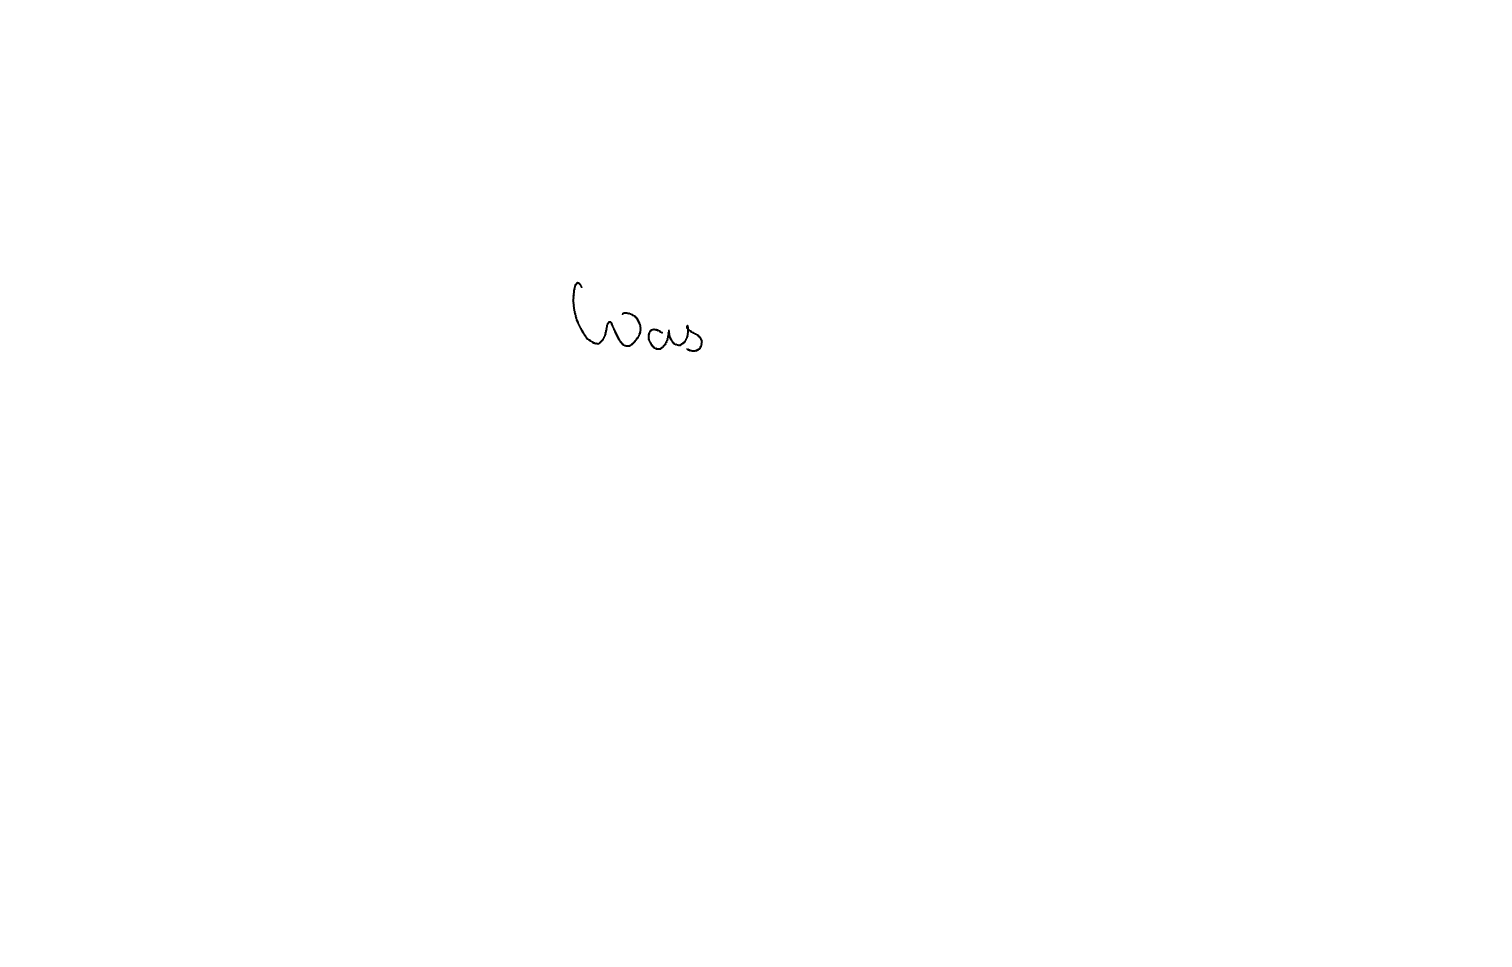
Text: Was